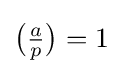
{\big (}{\tfrac {a}{p}}{\big )}=1